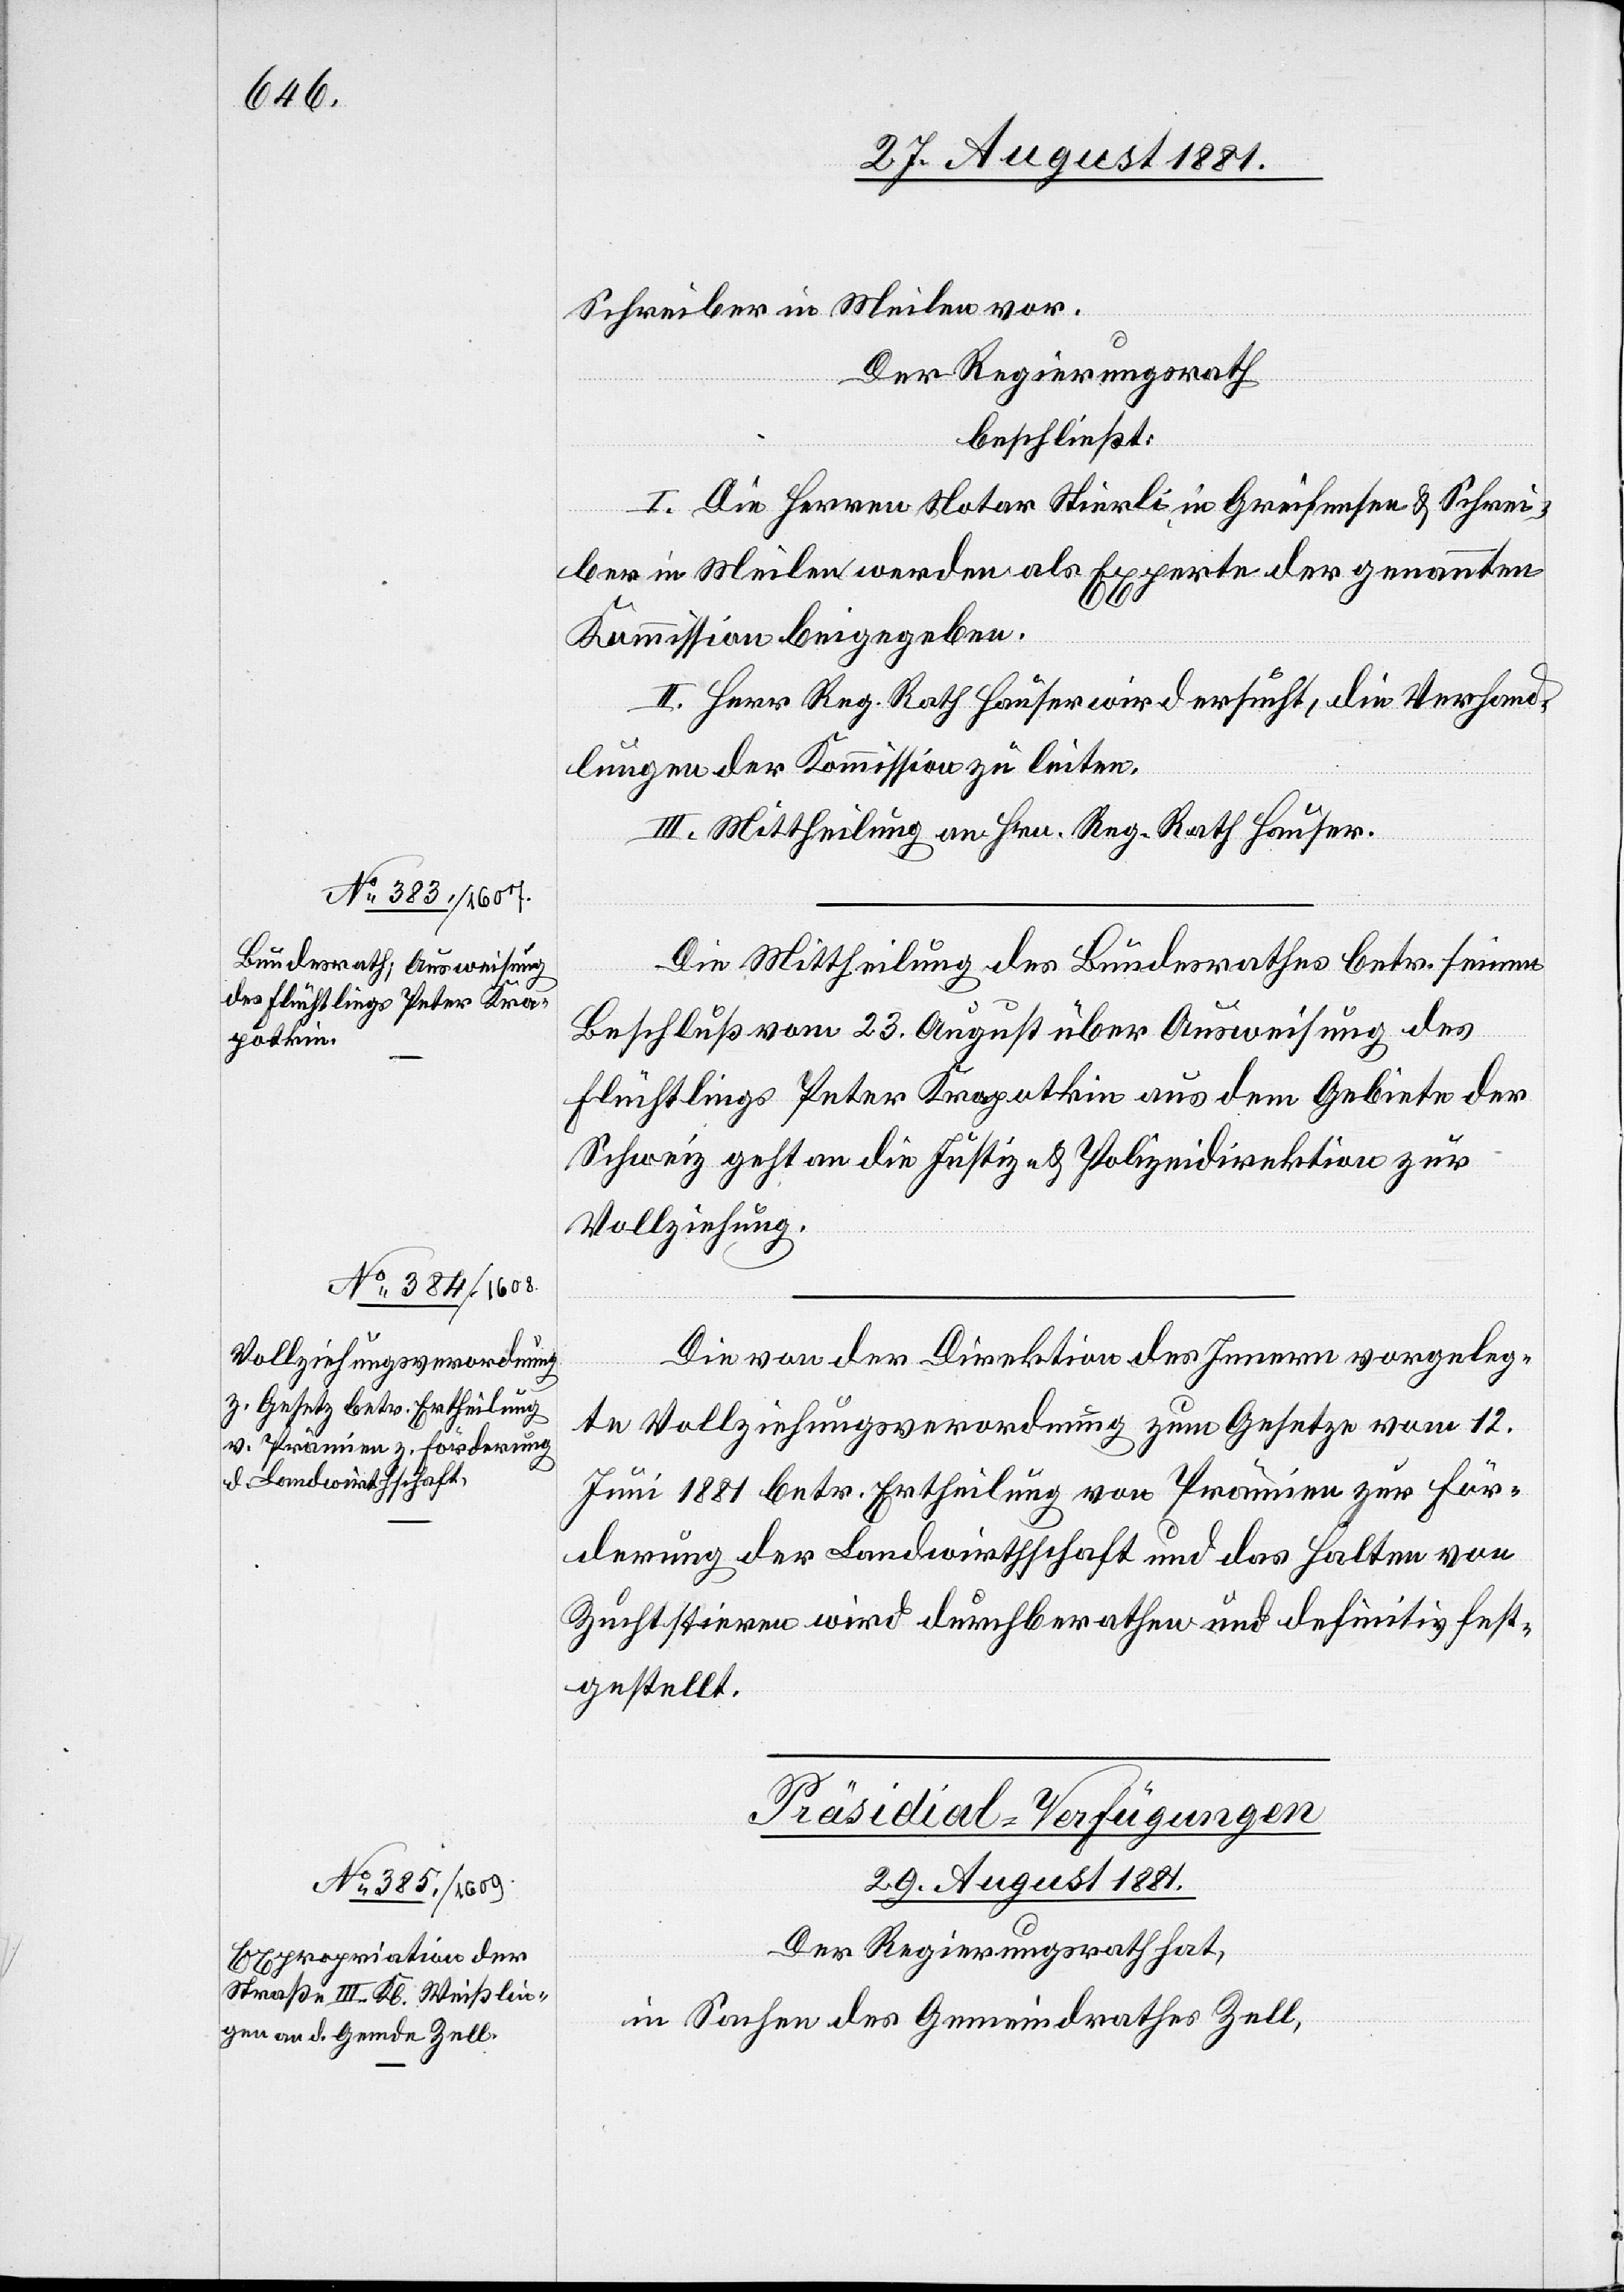
Schreiber in Meilen vor.
Der Regierungsrath
beschließt:
I. Die Herren Notar Stierli, in Greifensee & Schrei¬
ber in Meilen werden als Experten der genannten
Kommission beigegeben.
II. Herr Reg. Rath Hauser wird ersucht, die Verhand¬
lungen der Kommission zu leiten.
III. Mittheilung an Hrn. Reg. Rath Hauser.
Die Mittheilung des Bundesrathes betr. seinem
Beschluß vom 23. August über Ausweisung des
Flüchtlings Peter Krapotkin aus dem Gebiete der
Schweiz geht an die Justiz- & Polizeidirektion zur
Vollziehung.
Die von der Direktion des Innern vorgeleg¬
te Vollziehungsverordnung zum Gesetze vom 12.
Juni 1881 betr. Ertheilung von Prämien zur För¬
derung der Landwirthschaft und das Halten von
Zuchtstieren wird durchberathen und definitiv fest¬
gestellt.
Präsidial-Verfügungen
29. August 1881.
Der Regierungsrath hat,
in Sachen des Gemeindrathes Zell,